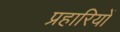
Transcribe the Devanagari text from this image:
प्रहारियों